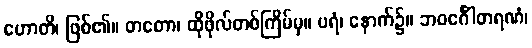
ဟောတိ၊ ဖြစ်၏။ တတော၊ ထိုဖိုလ်တစ်ကြိမ်မှ။ ပရံ၊ နောက်၌။ ဘဝင်္ဂေါတရဏံ၊